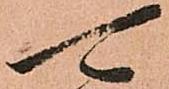
可